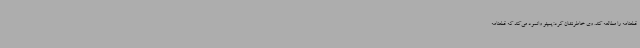
قطعنامه را مطالعه کند. وی خاطرنشان کرد: پمپئو وانمود می‌کند که قطعنامه